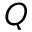
Q